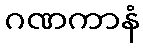
ဂဏကာနံ